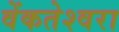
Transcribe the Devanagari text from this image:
वेंकतेश्वरा